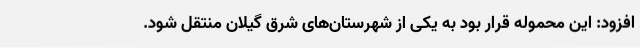
افزود: این محموله قرار بود به یکی از شهرستان‌های شرق گیلان منتقل شود.